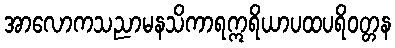
အာလောကသညာမနသိကာရဣရိယာပထပရိဝတ္တန